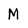
Character: M